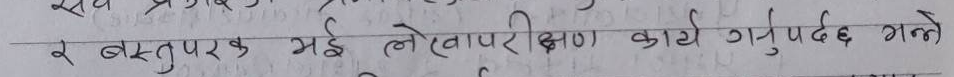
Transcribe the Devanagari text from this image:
सर्व प्रकार्य को लागि एक लेखा परीक्षक चाहिन्छ।
र वस्तुपरक भई लेखापरीक्षण कार्य गर्नुपर्दछ भन्ने